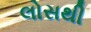
લોસથી